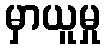
မှာယူမှု